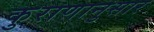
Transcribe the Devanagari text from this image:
कुराणानुसार